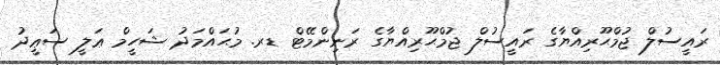
ރަަައީސުލް ޖުމްޙޫރިއްޔާގެ ރަަައީސުލް ޖުމްޙޫރިއްޔާގެ ރަނިންމޭޓް ޑރ. މުޙައްމަދު ޝަހީމް ޢަލީ ސަޢީދު